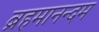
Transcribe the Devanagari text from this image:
ब्रहमानन्दम